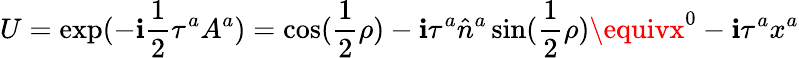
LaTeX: U=\exp(-\mathbf{i}{\frac{{1}}{{2}}}\tau^{a}A^{a})=\cos({\frac{{1}}{{2}}}\rho)-\mathbf{i}\tau^{a}\hat{{n}}^{a}\sin({\frac{{1}}{{2}}}\rho)\equivx^{0}-\mathbf{i}\tau^{a}x^{a}